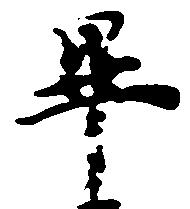
畢